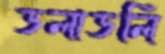
ডলাডলি